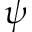
\psi